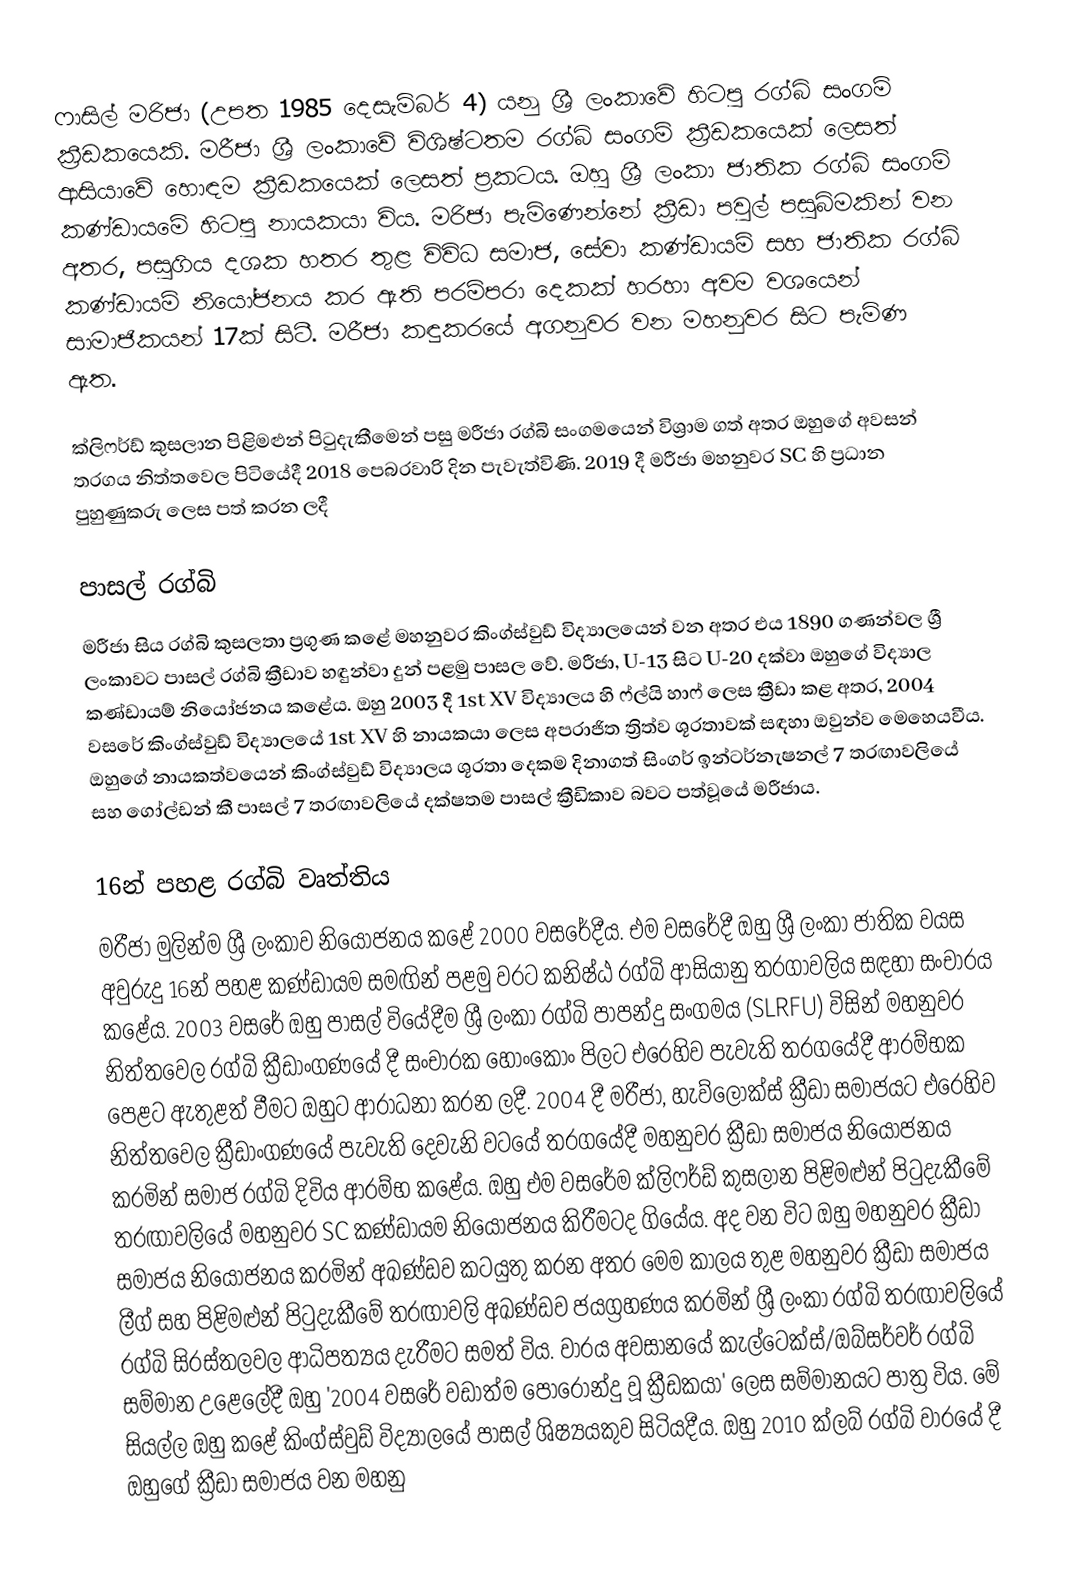
ෆාසිල් මරිජා (උපත 1985 දෙසැම්බර් 4) යනු ශ්‍රී ලංකාවේ හිටපු රග්බි සංගම් ක්‍රීඩකයෙකි. මරීජා ශ්‍රී ලංකාවේ විශිෂ්ටතම රග්බි සංගම් ක්‍රීඩකයෙක් ලෙසත් ආසියාවේ හොඳම ක්‍රීඩකයෙක් ලෙසත් ප්‍රකටය.  ඔහු ශ්‍රී ලංකා ජාතික රග්බි සංගම් කණ්ඩායමේ හිටපු නායකයා විය. මරිජා පැමිණෙන්නේ ක්‍රීඩා පවුල් පසුබිමකින් වන අතර, පසුගිය දශක හතර තුළ විවිධ සමාජ, සේවා කණ්ඩායම් සහ ජාතික රග්බි කණ්ඩායම් නියෝජනය කර ඇති පරම්පරා දෙකක් හරහා අවම වශයෙන් සාමාජිකයන් 17ක් සිටී. මරීජා කඳුකරයේ අගනුවර වන මහනුවර සිට පැමිණ ඇත.

ක්ලිෆර්ඩ් කුසලාන පිළිමළුන් පිටුදැකීමෙන් පසු මරීජා රග්බි සංගමයෙන් විශ්‍රාම ගත් අතර ඔහුගේ අවසන් තරගය නිත්තවෙල පිටියේදී 2018 පෙබරවාරි දින පැවැත්විණි.   2019 දී මරීජා මහනුවර SC හි ප්‍රධාන පුහුණුකරු ලෙස පත් කරන ලදී

පාසල් රග්බි
මරීජා සිය රග්බි කුසලතා ප්‍රගුණ කළේ මහනුවර කිංග්ස්වුඩ් විද්‍යාලයෙන් වන අතර එය 1890 ගණන්වල ශ්‍රී ලංකාවට පාසල් රග්බි ක්‍රීඩාව හඳුන්වා දුන් පළමු පාසල වේ. මරීජා, U-13 සිට U-20 දක්වා ඔහුගේ විද්‍යාල කණ්ඩායම් නියෝජනය කළේය. ඔහු 2003 දී 1st XV විද්‍යාලය හි ෆ්ල්යි හාෆ් ලෙස ක්‍රීඩා කළ අතර, 2004 වසරේ කිංග්ස්වුඩ් විද්‍යාලයේ 1st XV හි නායකයා ලෙස අපරාජිත ත්‍රිත්ව ශූරතාවක් සඳහා ඔවුන්ව මෙහෙයවීය.  ඔහුගේ නායකත්වයෙන් කිංග්ස්වුඩ් විද්‍යාලය ශූරතා දෙකම දිනාගත් සිංගර් ඉන්ටර්නැෂනල් 7 තරඟාවලියේ සහ ගෝල්ඩන් කී පාසල් 7 තරඟාවලියේ දක්ෂතම පාසල් ක්‍රීඩිකාව බවට පත්වූයේ මරීජාය.

16න් පහළ රග්බි වෘත්තිය
මරීජා මුලින්ම ශ්‍රී ලංකාව නියෝජනය කළේ 2000 වසරේදීය. එම වසරේදී ඔහු ශ්‍රී ලංකා ජාතික වයස අවුරුදු 16න් පහළ කණ්ඩායම සමඟින් පළමු වරට කනිෂ්ඨ රග්බි ආසියානු තරගාවලිය සඳහා සංචාරය කළේය. 2003 වසරේ ඔහු පාසල් වියේදීම ශ්‍රී ලංකා රග්බි පාපන්දු සංගමය (SLRFU) විසින් මහනුවර නිත්තවෙල රග්බි ක්‍රීඩාංගණයේ දී සංචාරක හොංකොං පිලට එරෙහිව පැවැති තරගයේදී ආරම්භක පෙළට ඇතුළත් වීමට ඔහුට ආරාධනා කරන ලදී.  2004 දී මරීජා, හැව්ලොක්ස් ක්‍රීඩා සමාජයට එරෙහිව නිත්තවෙල ක්‍රීඩාංගණයේ පැවැති දෙවැනි වටයේ තරගයේදී මහනුවර ක්‍රීඩා සමාජය නියෝජනය කරමින් සමාජ රග්බි දිවිය ආරම්භ කළේය. ඔහු එම වසරේම ක්ලිෆර්ඩ් කුසලාන පිළිමළුන් පිටුදැකීමේ තරඟාවලියේ මහනුවර SC කණ්ඩායම නියෝජනය කිරීමටද ගියේය. අද වන විට ඔහු මහනුවර ක්‍රීඩා සමාජය නියෝජනය කරමින් අඛණ්ඩව කටයුතු කරන අතර මෙම කාලය තුළ මහනුවර ක්‍රීඩා සමාජය ලීග් සහ පිළිමළුන් පිටුදැකීමේ තරඟාවලි අඛණ්ඩව ජයග්‍රහණය කරමින් ශ්‍රී ලංකා රග්බි තරඟාවලියේ රග්බි සිරස්තලවල ආධිපත්‍යය දැරීමට සමත් විය. වාරය අවසානයේ කැල්ටෙක්ස්/ඔබ්සර්වර් රග්බි සම්මාන උළෙලේදී ඔහු '2004 වසරේ වඩාත්ම පොරොන්දු වූ ක්‍රීඩකයා' ලෙස සම්මානයට පාත්‍ර විය. මේ සියල්ල ඔහු කළේ කිංග්ස්වුඩ් විද්‍යාලයේ පාසල් ශිෂ්‍යයකුව සිටියදීය. ඔහු 2010 ක්ලබ් රග්බි වාරයේ දී ඔහුගේ ක්‍රීඩා සමාජය වන මහනු